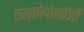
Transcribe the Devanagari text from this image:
एस्कोपोलॉजी